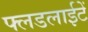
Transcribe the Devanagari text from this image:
फ्लडलाईटें